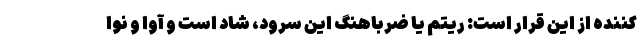
کننده از این قرار است: ریتم یا ضرباهنگ این سرود، شاد است و آوا و نوا